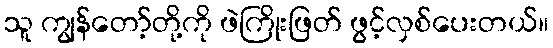
သူ ကျွန်တော့်တို့ကို ဖဲကြိုးဖြတ် ဖွင့်လှစ်ပေးတယ်။